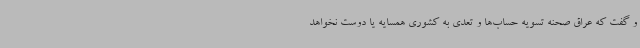
و گفت که عراق صحنه تسویه حساب‌ها و تعدی به کشوری همسایه یا دوست نخواهد